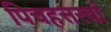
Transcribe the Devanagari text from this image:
पिचहत्तरवां